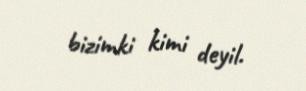
bizimki kimi deyil.